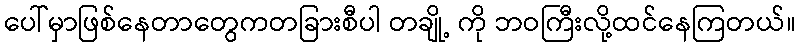
ပေါ်မှာဖြစ်နေတာတွေကတခြားစီပါ တချို့ ကို ဘဝကြီးလို့ထင်နေကြတယ်။